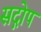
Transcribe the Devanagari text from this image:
सद्गोप